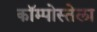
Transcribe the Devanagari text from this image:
कॉम्पोस्तेला